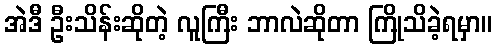
အဲဒီ ဦးသိန်းဆိုတဲ့ လူကြီး ဘာလဲဆိုတာ ကြိုသိခဲ့ရမှာ။